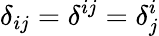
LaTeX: \delta_{ij}=\delta^{ij}=\delta_{j}^{i}